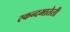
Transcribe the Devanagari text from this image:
स्कन्दमातेती